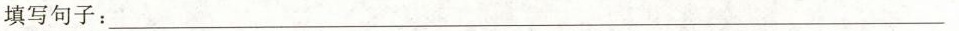
填写句子：___